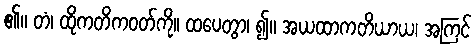
၏။ တံ၊ ထိုကတိကဝတ်ကို။ ထပေတွာ၊ ၍။ အယထာကတိယာယ၊ အကြင်